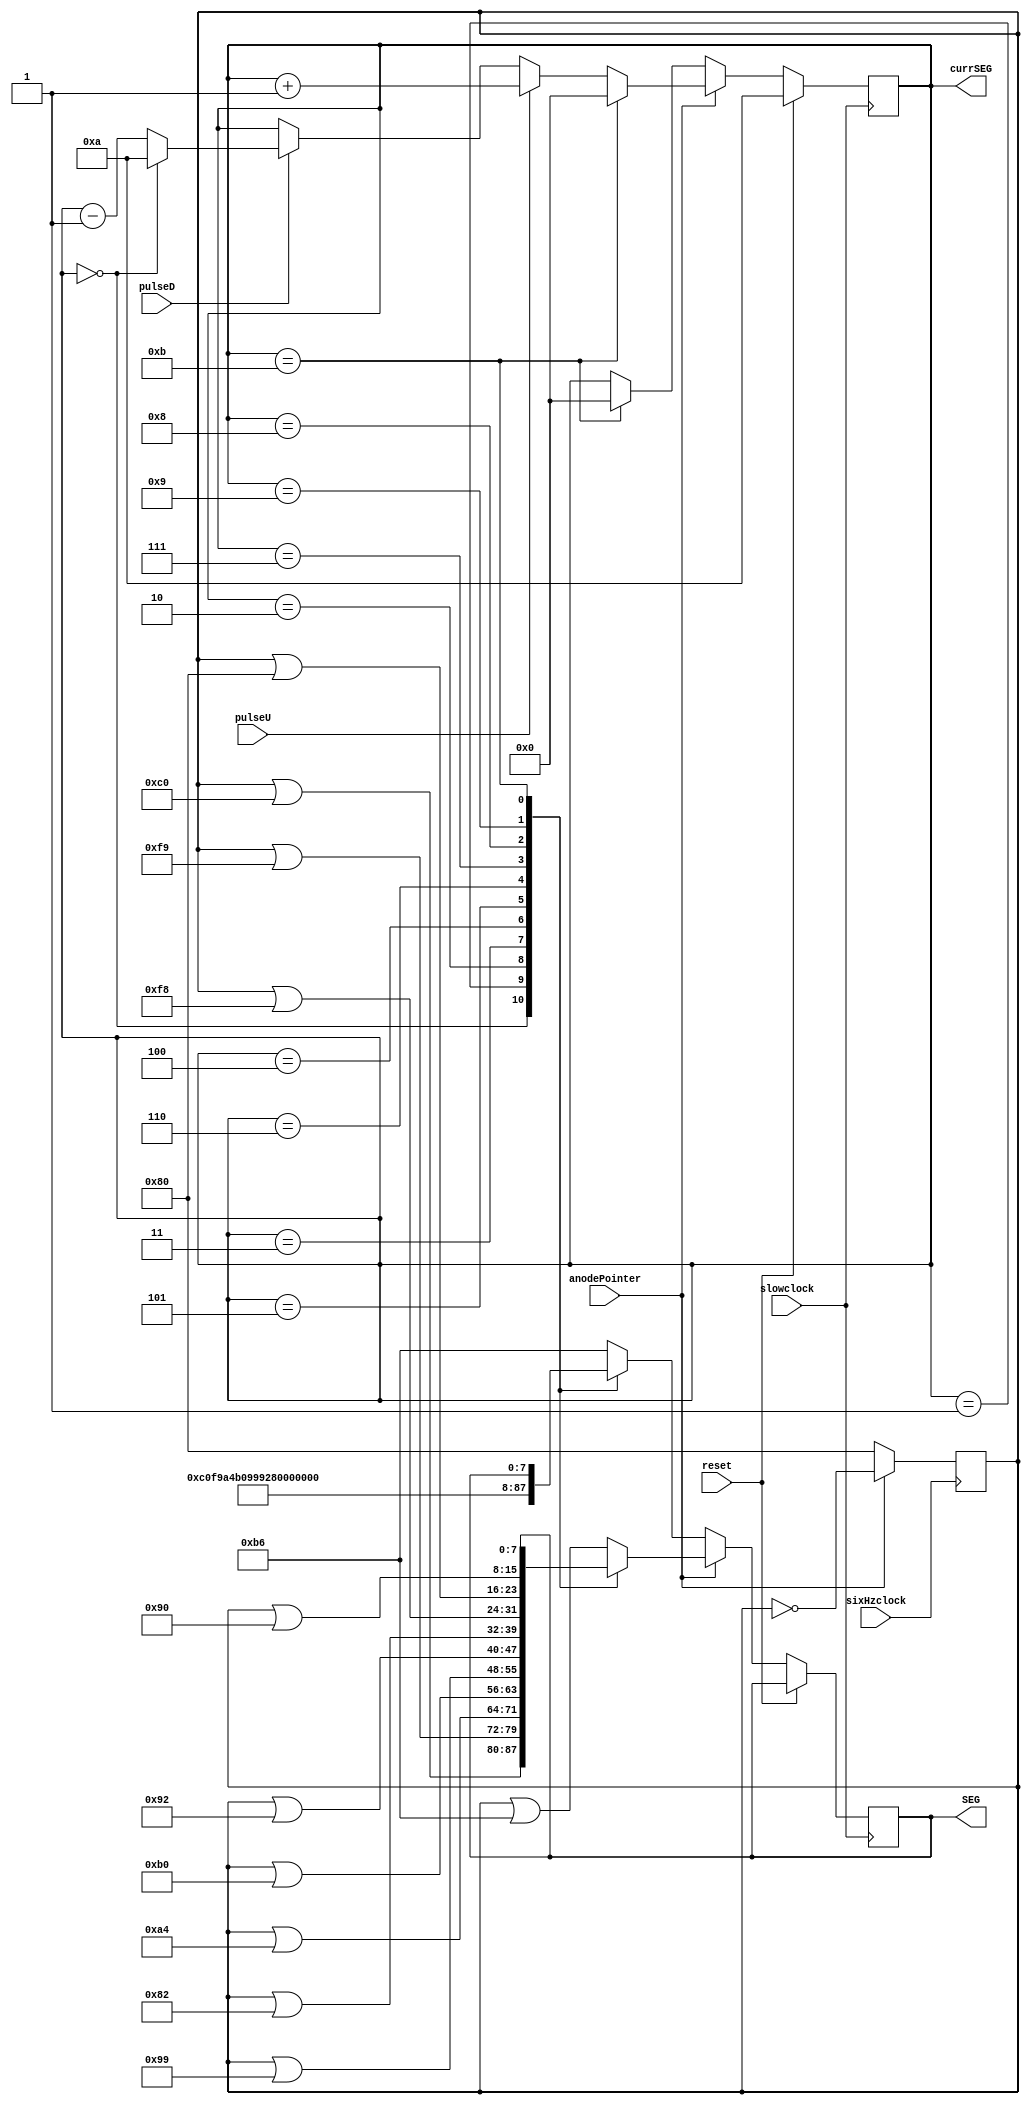
`timescale 1ns / 1ps
//////////////////////////////////////////////////////////////////////////////////
// Company: 
// Engineer: 
// 
// Design Name: 
// Module Name: Subtask_F_display
// Project Name: 
// Target Devices: 
// Tool Versions: 
// Description: 
// 
// Dependencies: 
// 
// Revision:
// Revision 0.01 - File Created
// Additional Comments:
// 
//////////////////////////////////////////////////////////////////////////////////


module Subtask_F_display(
    input slowclock, sixHzclock, anodePointer, pulseU, pulseD, reset,
    output reg [7:0] SEG,
    output reg [3:0] currSEG = 4'd10
    );
    
    reg [7:0] SEGtoggle;
    
    initial begin
        SEGtoggle = 8'b10000000;
        SEG = 8'b10110110;
    end
    
    // toggle at 6 Hz
    always @ (posedge sixHzclock) begin
        SEGtoggle <= anodePointer ? ~SEGtoggle : 8'b10000000;
    end
    
    always @ (posedge slowclock) begin
        if (reset == 1) 
        begin
            currSEG <= 10;
        end 
        
        else if (anodePointer == 1) 
        begin
            currSEG <= pulseU ? currSEG + 1 : (pulseD ? ((currSEG == 0) ? 10 : currSEG - 1)  : currSEG);
            case (currSEG)
            10: SEG <= SEGtoggle | 8'b10110110;
            0: SEG <= SEGtoggle | 8'b11000000;
            1: SEG <= SEGtoggle | 8'b11111001;
            2: SEG <= SEGtoggle | 8'b10100100;
            3: SEG <= SEGtoggle | 8'b10110000;
            4: SEG <= SEGtoggle | 8'b10011001;
            5: SEG <= SEGtoggle | 8'b10010010;
            6: SEG <= SEGtoggle | 8'b10000010;
            7: SEG <= SEGtoggle | 8'b11111000;
            8: SEG <= SEGtoggle | 8'b10000000;
            9: SEG <= SEGtoggle | 8'b10010000;
            11: currSEG <= 0;
            default: SEG <= SEGtoggle | 8'b10110110;
            endcase
        end 
        
        else 
        begin
            case (currSEG)
            10: SEG <= 8'b10110110;
            0: SEG <= 8'b11000000;
            1: SEG <= 8'b11111001;
            2: SEG <= 8'b10100100;
            3: SEG <= 8'b10110000;
            4: SEG <= 8'b10011001;
            5: SEG <= 8'b10010010;
            6: SEG <= 8'b10000010;
            7: SEG <= 8'b11111000;
            8: SEG <= 8'b10000000;
            9: SEG <= 8'b10010000;
            11: currSEG <= 0;
            default: SEG <= 8'b10110110;
            endcase
         end
    end
endmodule